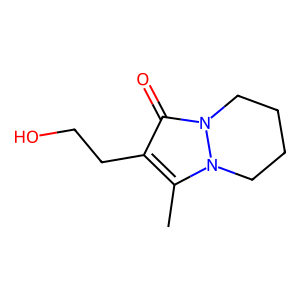
SMILES: Cc1c(CCO)c(=O)n2n1CCCC2
Inhibits HIV replication: No